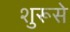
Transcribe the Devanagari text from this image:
शुरूसे